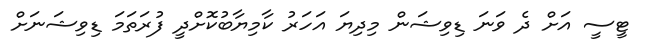
ޓީސީ އަށް ދެ ވަނަ ޑިވިޝަން މިދިޔަ އަހަރު ކާމިޔާބުކޮށްދީ ފުރަތަމަ ޑިވިޝަނަށް